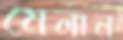
মেলান